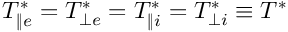
T _ { \| e } ^ { * } = T _ { \perp e } ^ { * } = T _ { \| i } ^ { * } = T _ { \perp i } ^ { * } \equiv T ^ { * }